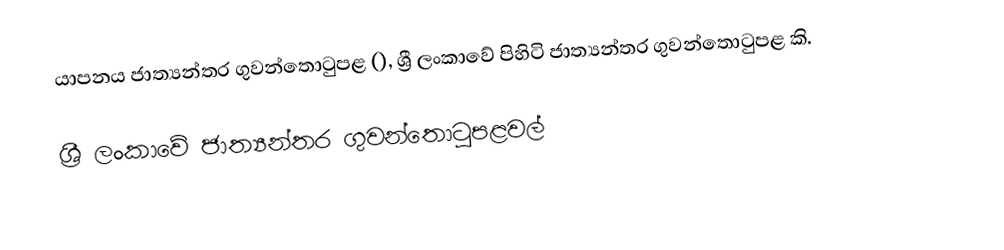
යාපනය ජාත්‍යන්තර ගුවන්තොටුපළ (), ශ්‍රී ලංකාවේ පිහිටි ජාත්‍යන්තර ගුවන්තොටුපළ කි.

ශ්‍රී ලංකාවේ ජාත්‍යන්තර ගුවන්තොටුපළවල්